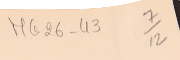
MG26-43   7/12